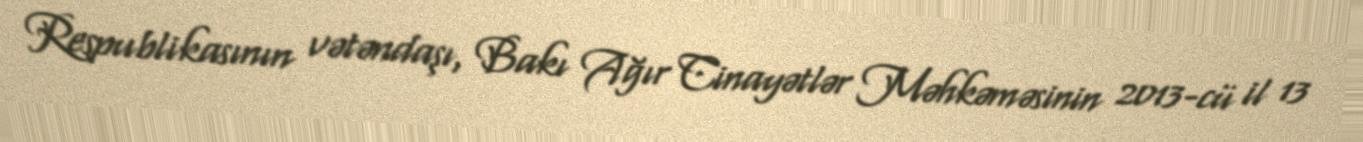
Respublikasının vətəndaşı, Bakı Ağır Cinayətlər Məhkəməsinin 2013-cü il 13